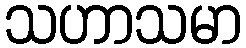
သဟာသမာ